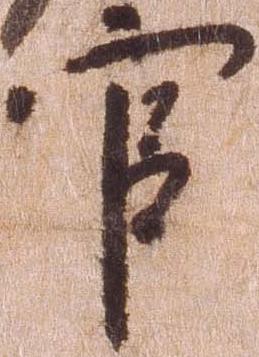
官